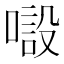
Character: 𱔒